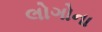
લોગોના